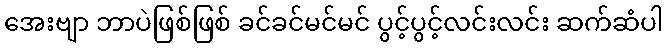
အေးဗျာ ဘာပဲဖြစ်ဖြစ် ခင်ခင်မင်မင် ပွင့်ပွင့်လင်းလင်း ဆက်ဆံပါ